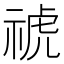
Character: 𥚚